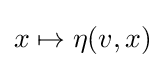
x\mapsto \eta (v,x)